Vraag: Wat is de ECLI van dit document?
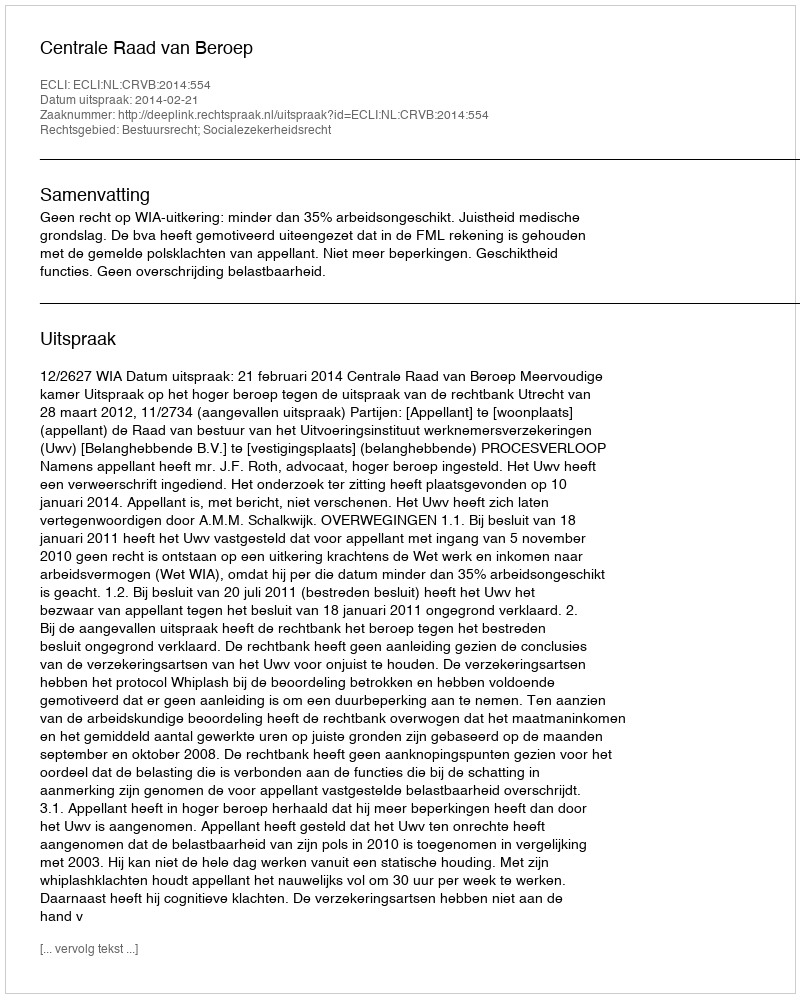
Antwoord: ECLI:NL:CRVB:2014:554